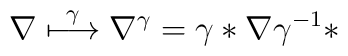
\nabla \buildrel \gamma \over \longmapsto \nabla ^{\gamma} = \gamma* \nabla  \gamma ^{-1} *